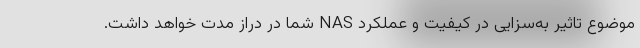
موضوع تاثیر به‌سزایی در کیفیت و عملکرد NAS شما در دراز مدت خواهد داشت.